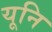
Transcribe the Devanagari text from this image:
यूनि